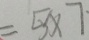
= 5 \times 7